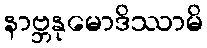
နာဗ္ဘနုမောဒိဿာမိ